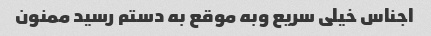
اجناس خیلی سریع وبه موقع به دستم رسید ممنون